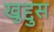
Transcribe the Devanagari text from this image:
खुद्दुस